Vaccination report Assam 1874-1896 - 1874-1896
Year: 1874
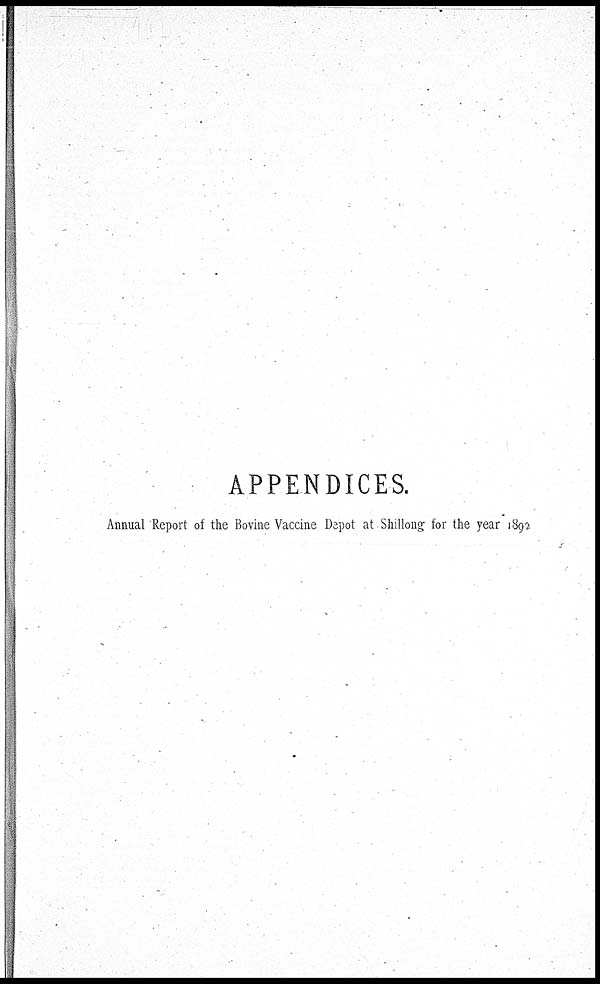
APPENDICES.
Annual Report of the Bovine Vaccine Depot at Shillong for the year 1892